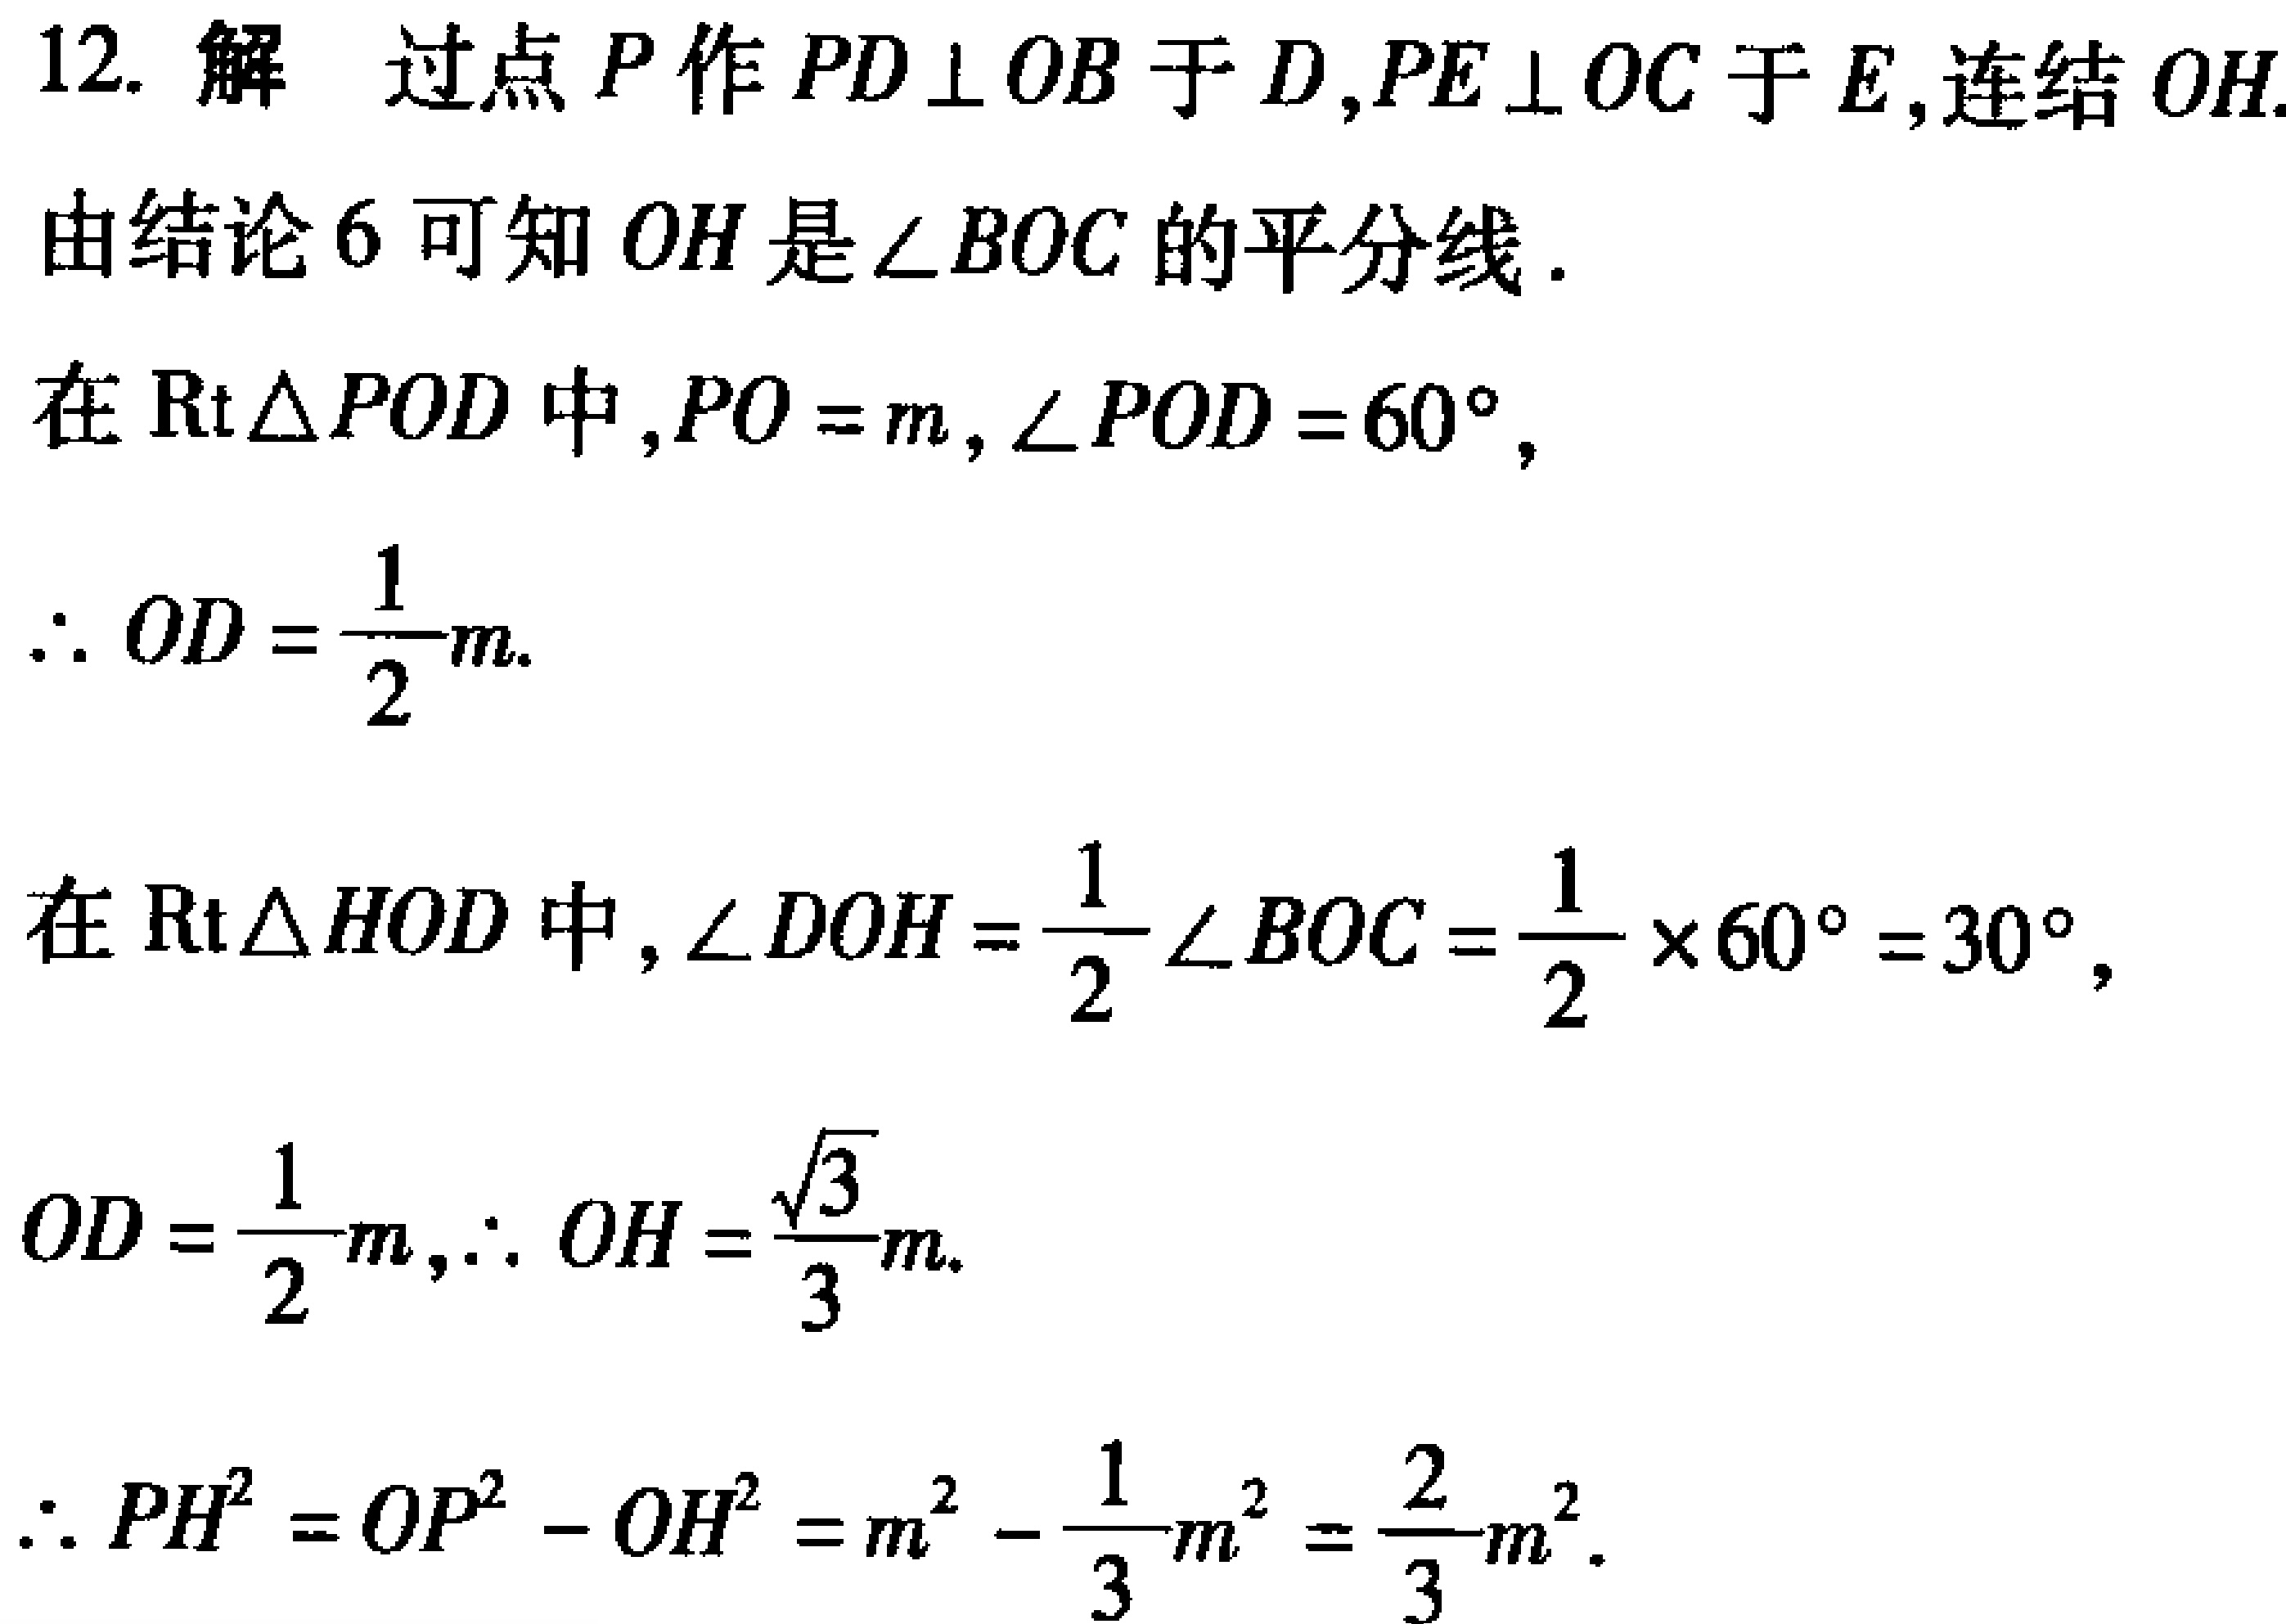
12. 解 过点 \(P\) 作 \(PD\perp OB\) 于 \(D\),\(PE\perp OC\) 于 \(E\),连结 \(OH\).
由结论6可知 \(OH\) 是 \(\angle BOC\) 的平分线.
在 \(\text{Rt}\triangle POD\) 中,\(PO = m\),\(\angle POD = 60^{\circ}\),
\(\therefore OD=\frac{1}{2}m\).
在 \(\text{Rt}\triangle HOD\) 中,\(\angle DOH=\frac{1}{2}\angle BOC=\frac{1}{2}\times60^{\circ}=30^{\circ}\),
\(OD = \frac{1}{2}m\),\(\therefore OH=\frac{\sqrt{3}}{3}m\).
\(\therefore PH^{2}=OP^{2}-OH^{2}=m^{2}-\frac{1}{3}m^{2}=\frac{2}{3}m^{2}\).